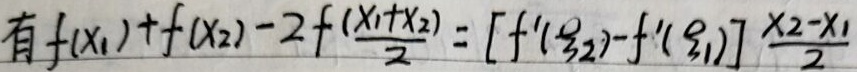
有\(f(x_1)+f(x_2)-2f(\frac{x_1 + x_2}{2}) = [f'(\xi_2)-f'(\xi_1)]\frac{x_2 - x_1}{2}\)